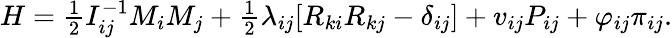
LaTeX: \begin{array}{r}{H=\frac 12I_{ij}^{-1}M_{i}M_{j}+\frac 12\lambda_{ij}[R_{ki}R_{kj}-\delta_{ij}]+v_{ij}P_{ij}+\varphi_{ij}\pi_{ij}.}\end{array}